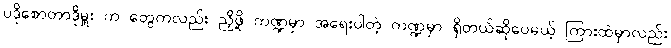
ပဒိုစောတာဒိုမှူး က တွေကလည်း ညှိဖို့ ကဏ္ဍမှာ အရေးပါတဲ့ ကဏ္ဍမှာ ရှိတယ်ဆိုပေမယ့် ကြားထဲမှာလည်း